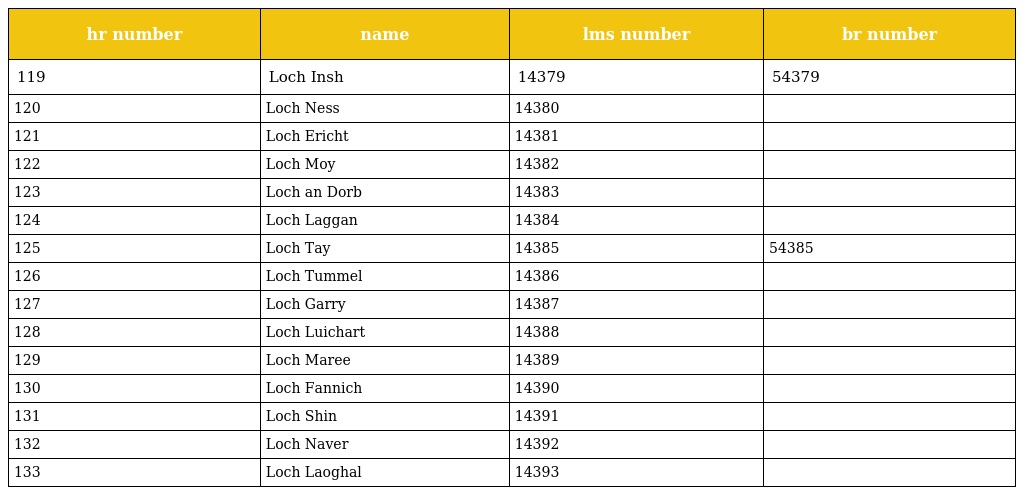
| hr number | name | lms number | br number |
 | --- | --- | --- | --- |
 | 119 | Loch Insh | 14379 | 54379 |
 | 120 | Loch Ness | 14380 |  |
 | 121 | Loch Ericht | 14381 |  |
 | 122 | Loch Moy | 14382 |  |
 | 123 | Loch an Dorb | 14383 |  |
 | 124 | Loch Laggan | 14384 |  |
 | 125 | Loch Tay | 14385 | 54385 |
 | 126 | Loch Tummel | 14386 |  |
 | 127 | Loch Garry | 14387 |  |
 | 128 | Loch Luichart | 14388 |  |
 | 129 | Loch Maree | 14389 |  |
 | 130 | Loch Fannich | 14390 |  |
 | 131 | Loch Shin | 14391 |  |
 | 132 | Loch Naver | 14392 |  |
 | 133 | Loch Laoghal | 14393 |  |